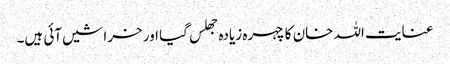
عنایت اللہ خان کا چہرہ زیادہ جھلس گیا اور خراشیں آئی ہیں۔